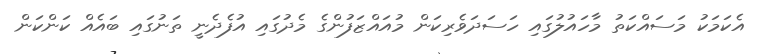
އެކަމަކު މަސައްކަތު މާހައުލުގައި ހަސަދަވެރިކަން މުއައްޒަފުންގެ މެދުގައި އުފެދެނީ ތަނުގައި ބައެއް ކަންކަން